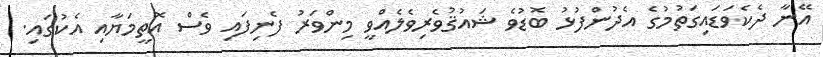
އޭނާ ދެކެވަޑައިގަތުމުގެ އެދުންފުޅު ބޮޑުވެ ޝައުޤުވެރިވެލެއްވީ މިންވަރު ފެނިފައި ވެސް އޮތީމަޔާއި އެކުގައި.